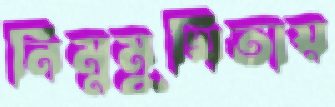
নিম্নমুখিতায়